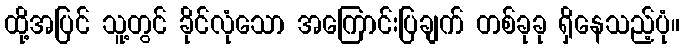
ထို့အပြင် သူ့တွင် ခိုင်လုံသော အကြောင်းပြချက် တစ်ခုခု ရှိနေသည့်ပုံ။